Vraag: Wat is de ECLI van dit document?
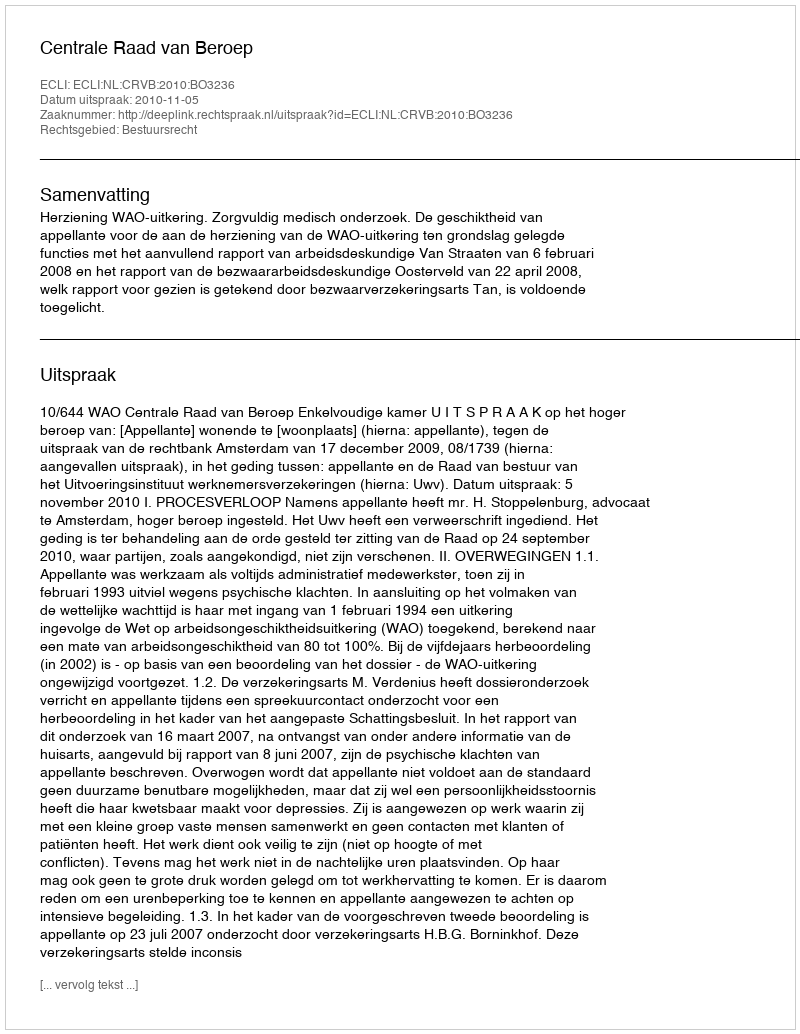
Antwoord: ECLI:NL:CRVB:2010:BO3236